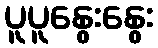
ပူပူနွေးနွေး